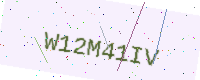
Text: W12M41IV